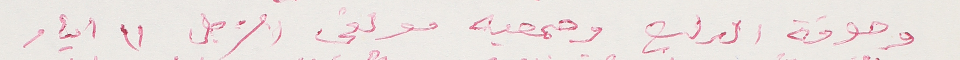
وجوقة الربيع وجمعية مولفي الزجل ١١ أيار